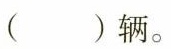
( )辆。